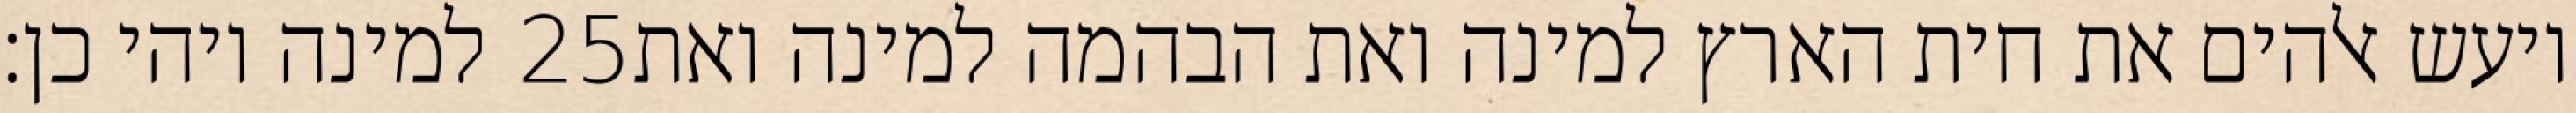
למינה ויהי כן׃ ‎25‏ ויעש אלהים את חית הארץ למינה ואת הבהמה למינה ואת